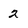
Character: 2